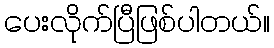
ပေးလိုက်ပြီဖြစ်ပါတယ်။